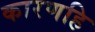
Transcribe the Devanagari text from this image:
कारणहि